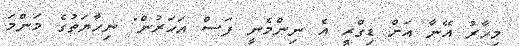
މިހާރު އޭނާ އަށް ޑިގްރީ އެ ނިންމެނީ ފަސް އަހަރުން" ނިހާޔަތުގެ މަންމަ